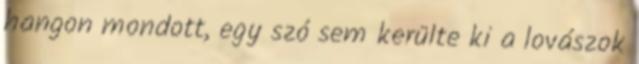
hangon mondott, egy szó sem kerülte ki a lovászok